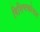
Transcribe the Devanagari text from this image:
विशिष्टकोनात